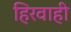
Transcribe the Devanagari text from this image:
हिरवाही